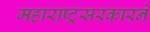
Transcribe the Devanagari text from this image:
महाराष्ट्रसरकारने